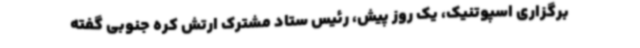
برگزاری اسپوتنیک، یک روز پیش، رئیس ستاد مشترک ارتش کره جنوبی گفته